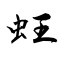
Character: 蚟